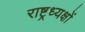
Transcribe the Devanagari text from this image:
राष्ट्रध्यक्षों